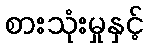
စားသုံးမှုနှင့်